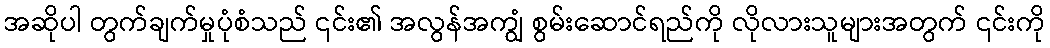
အဆိုပါ တွက်ချက်မှုပုံစံသည် ၎င်း၏ အလွန်အကျွံ စွမ်းဆောင်ရည်ကို လိုလားသူများအတွက် ၎င်းကို